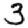
Digit: 3